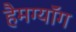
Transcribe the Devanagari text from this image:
हैमग्यॉंग